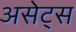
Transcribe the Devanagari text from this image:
असेट्स